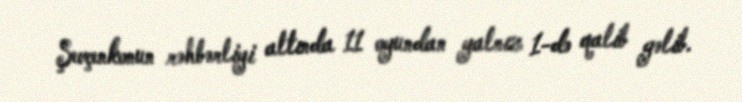
Şevçenkonun rəhbərliyi altında 11 oyundan yalnız 1-də qalib gəlib.